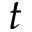
t